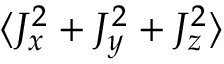
\langle J _ { x } ^ { 2 } + J _ { y } ^ { 2 } + J _ { z } ^ { 2 } \rangle